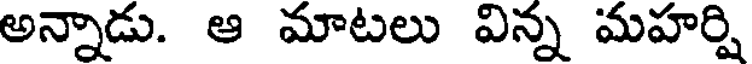
అన్నాడు. ఆ మాటలు విన్న మహర్షి